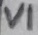
Text: VI